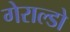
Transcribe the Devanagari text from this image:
गेराल्डो